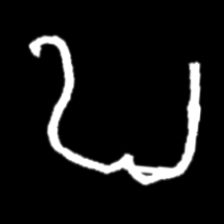
Pyu character \u2014 Myanmar letter: ဎ (romanized: ddha)